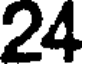
24